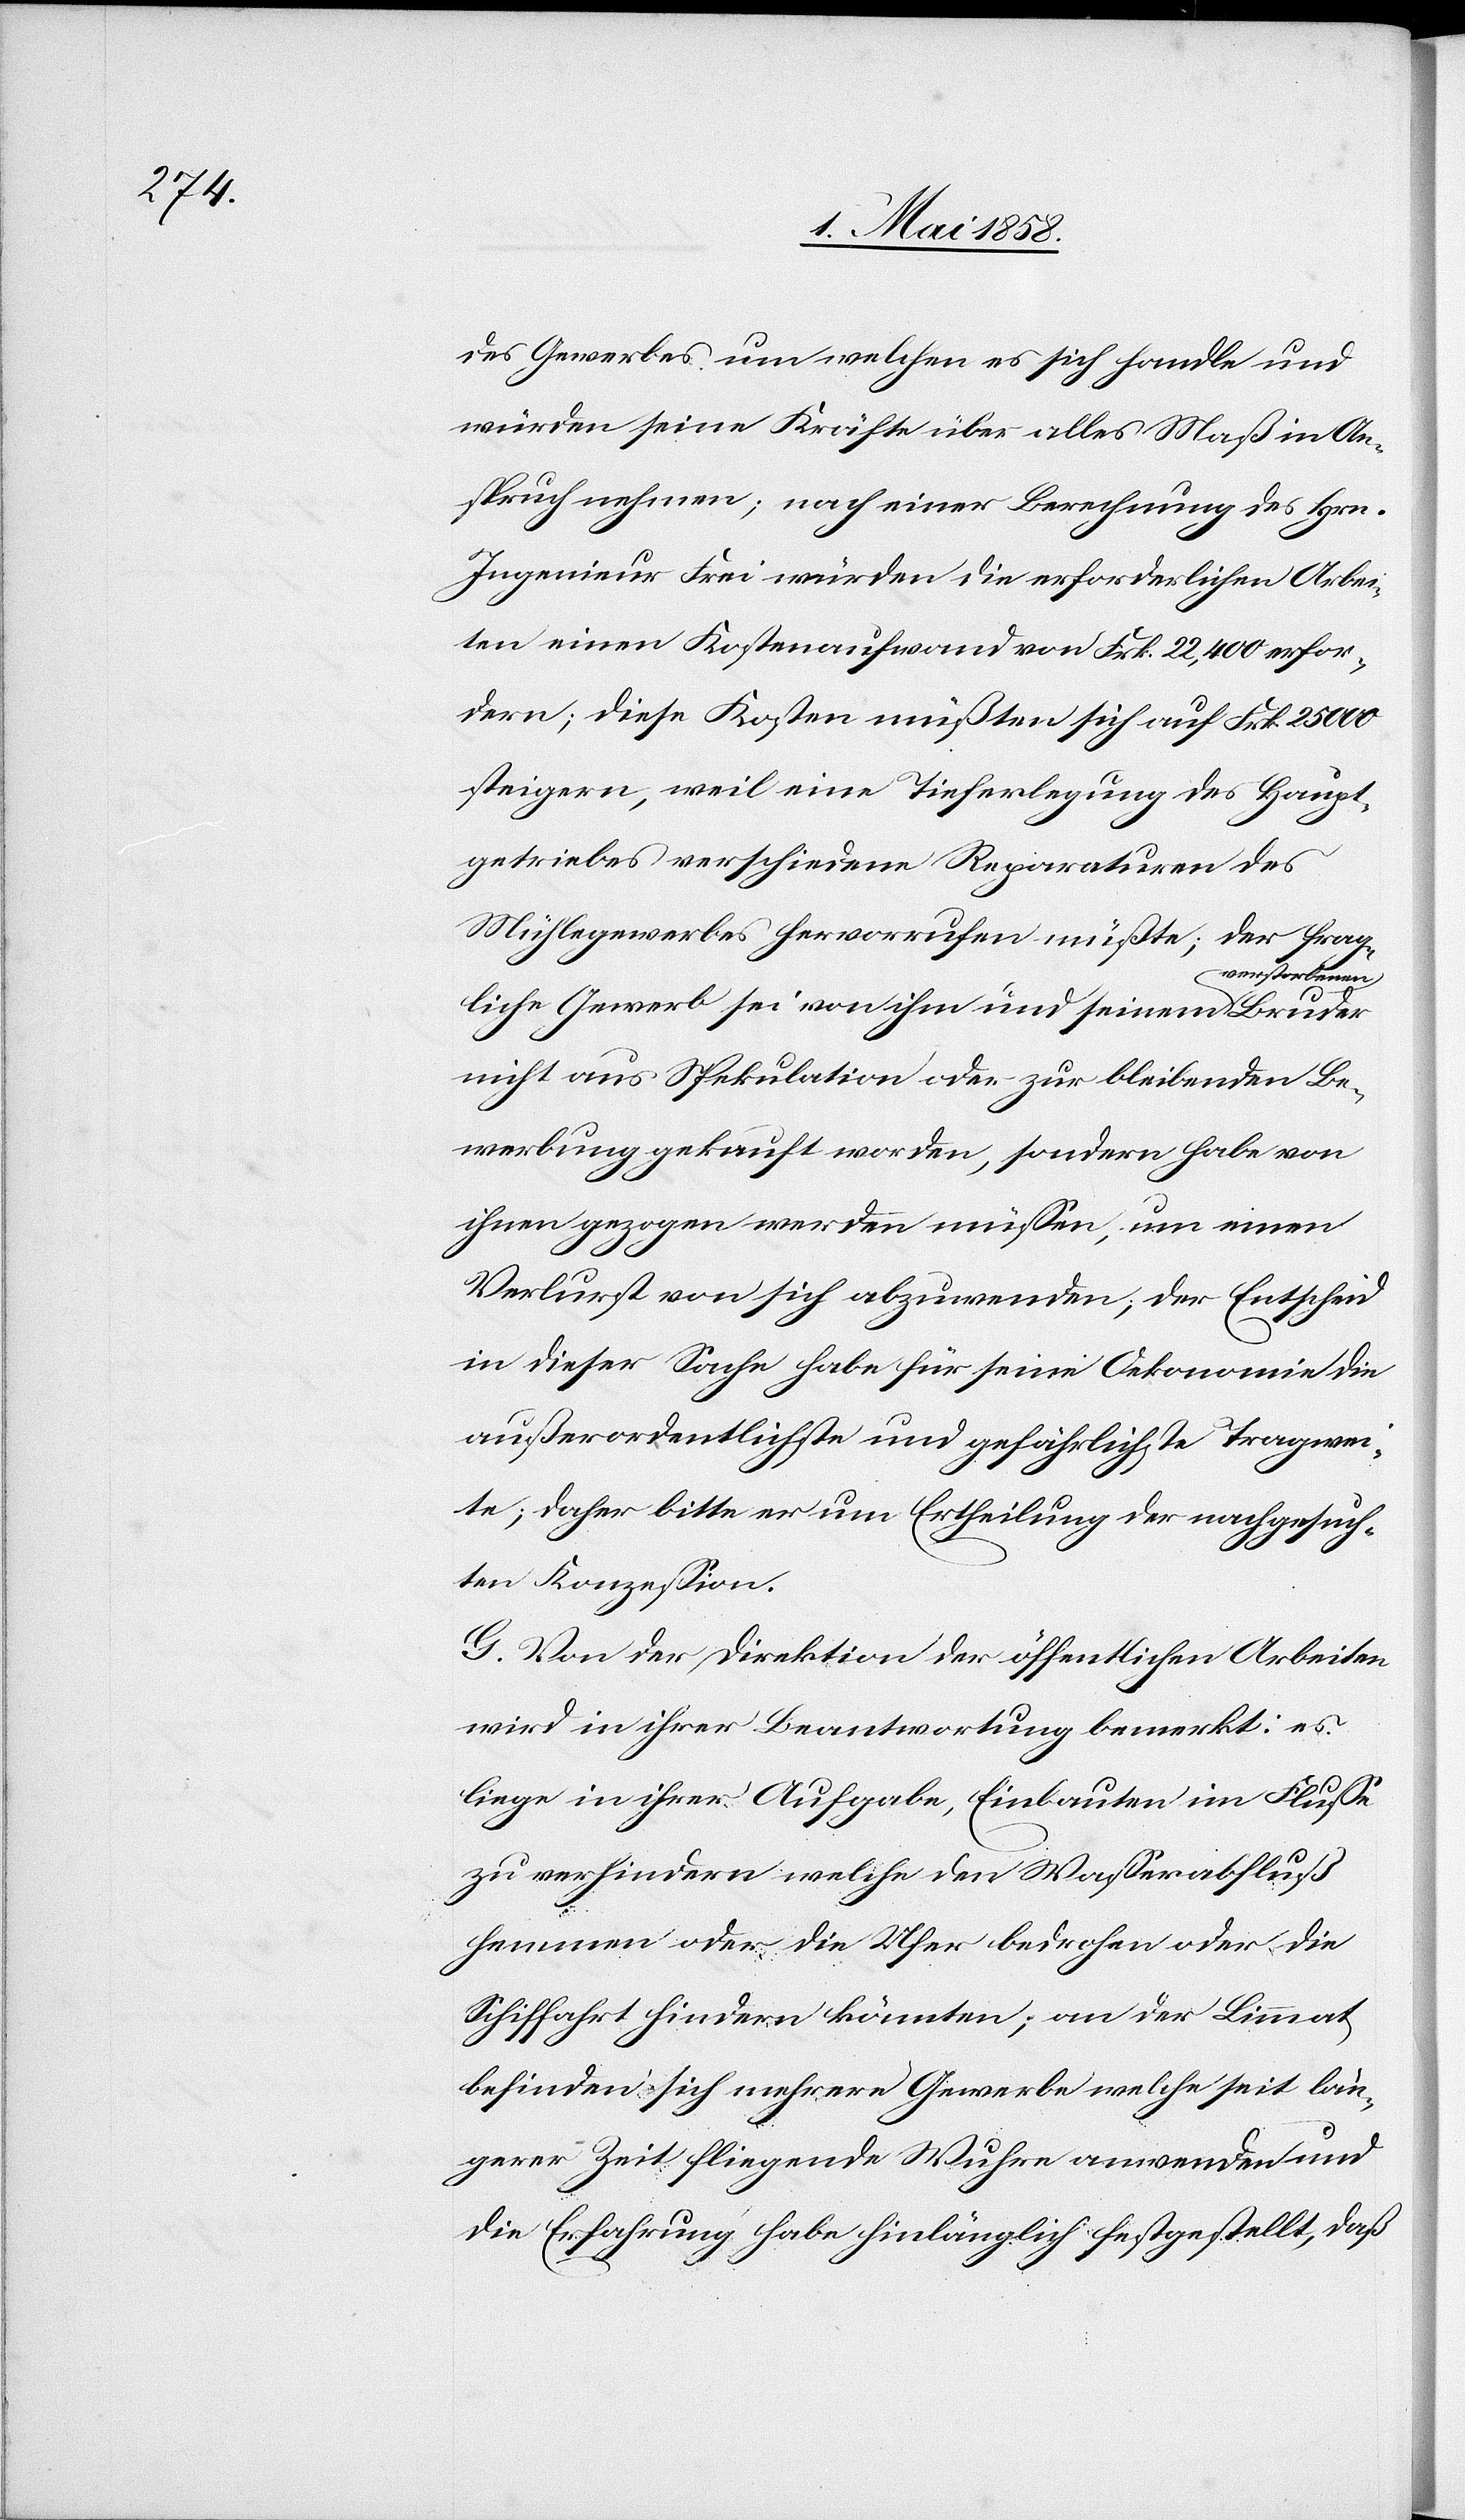
des Gewerbes um welchen es sich handle und
würden seine Kräfte über alles Maß in An¬
spruch nehmen; nach einer Berechnung des Hrn.
Ingenieur Frei würden die erforderlichen Arbei¬
ten einen Kostenaufwand von Frk. 22,400 erfor¬
dern; diese Kosten müßten sich auf Frk. 25 000
steigern, weil eine Tieferlegung des Haupt¬
getriebes verschiedene Reparaturen des
Mühlegewerbes hervorrufen müßte; der frag¬
verstorbenen
liche Gewerb sei von ihm und seinem
nicht aus Spekulation oder zur bleibenden Be¬
werbung gekauft worden, sondern habe von
ihnen gezogen werden müssen, um einen
Verlurst von sich abzuwenden, der Entscheid
in dieser Sache habe für seine Oekonomie die
außerordentlichste und gefährlichste Tragwei¬
te; daher bitte er um Ertheilung der nachgesuch¬
ten Konzession.
G. Von der Direktion der öffentlichen Arbeiten
wird in ihrer Beantwortung bemerkt: es
liege in ihrer Aufgabe, Einbauten im Fluße
zu verhindern welche den Wasserabfluß
hemmen oder die Ufer bedrohen oder die
Schiffahrt hindern könnten; an der Limmat
befinden sich mehrere Gewerbe welche seit län¬
gerer Zeit fliegende Wuhre anwenden und
die Erfahrung habe hinlänglich festgestellt, daß